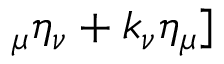
_ { \mu } \eta _ { \nu } + k _ { \nu } \eta _ { \mu } ]